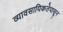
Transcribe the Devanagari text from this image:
व्यावसायिकतेपासून